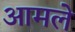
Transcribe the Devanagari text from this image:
आमले